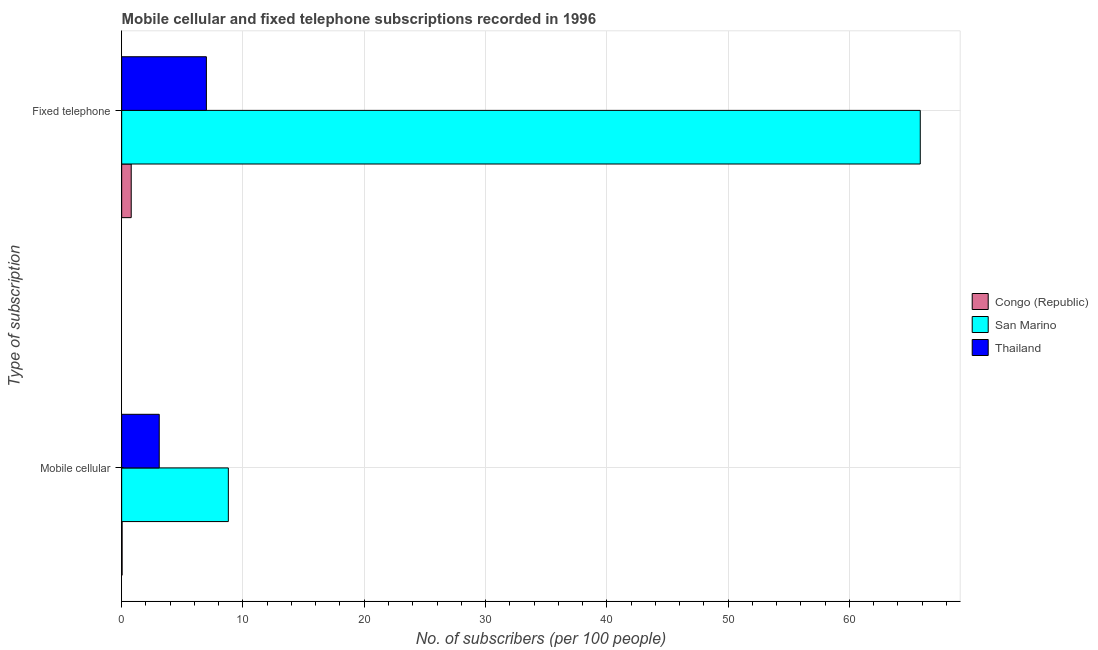
| Type of subscription | Congo (Republic) | San Marino | Thailand |
 | --- | --- | --- | --- |
 | Mobile cellular | 0.0357 | 8.79 | 3.1 |
 | Fixed telephone | 0.786 | 65.8 | 6.98 |